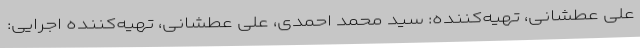
علی عطشانی، تهیه‌کننده: سید محمد احمدی، علی عطشانی، تهیه‌کننده اجرایی: